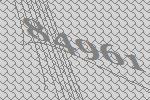
84961